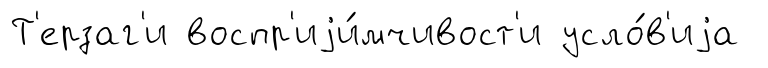
Т'ерзаг'и воспр'иjи́мчивост'и усло́в'иjа